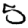
Digit: 5